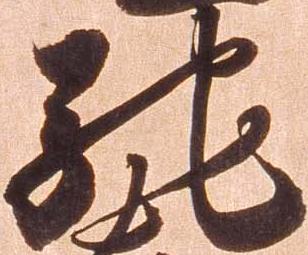
馳